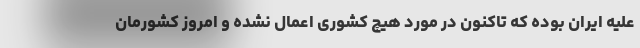
علیه ایران بوده که تاکنون در مورد هیچ کشوری اعمال نشده و امروز کشورمان